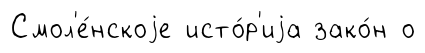
Смол'е́нскоjе исто́р'иjа зако́н о